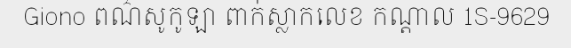
Giono ពណ៌សូកូឡា ពាក់ស្លាកលេខ កណ្តាល 1S-9629